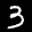
Label: 3